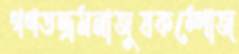
গণতন্ত্রমনাজুষকম্পোজ